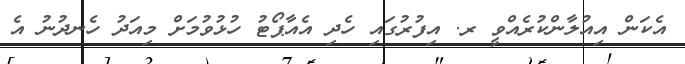
އެކަން އިއުލާންކުރެއްވީ ރ. އިފުރުގައި ހެދި އެއާޕޯޓު ހުޅުވުމަށް މިއަދު ހެނދުނު އެ